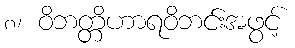
၈၊ ဝိဘတ္တိဟာရဝိဘင်းအဖွင့်